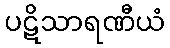
ပဋိသာရဏီယံ